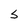
Character: S